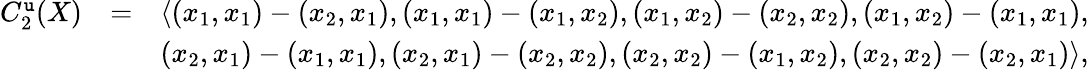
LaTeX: \begin{array}{rlr}{C_{2}^{\mathtt{u}}(X)}&{=}&{\langle(x_{1},x_{1})-(x_{2},x_{1}),(x_{1},x_{1})-(x_{1},x_{2}),(x_{1},x_{2})-(x_{2},x_{2}),(x_{1},x_{2})-(x_{1},x_{1}),}\\ &{}&{(x_{2},x_{1})-(x_{1},x_{1}),(x_{2},x_{1})-(x_{2},x_{2}),(x_{2},x_{2})-(x_{1},x_{2}),(x_{2},x_{2})-(x_{2},x_{1})\rangle,}\end{array}